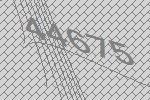
44675